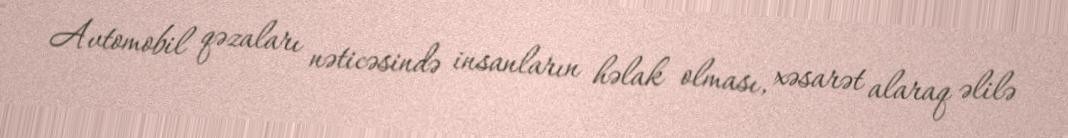
Avtomobil qəzaları nəticəsində insanların həlak olması, xəsarət alaraq əlilə